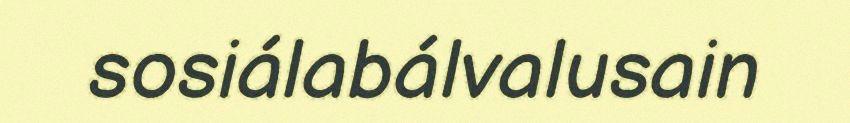
sosiálabálvalusain